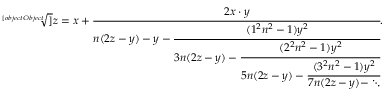
{ \sqrt [ [object Object] ] { z } } = x + { \cfrac { 2 x \cdot y } { n ( 2 z - y ) - y - { \cfrac { ( 1 ^ { 2 } n ^ { 2 } - 1 ) y ^ { 2 } } { 3 n ( 2 z - y ) - { \cfrac { ( 2 ^ { 2 } n ^ { 2 } - 1 ) y ^ { 2 } } { 5 n ( 2 z - y ) - { \cfrac { ( 3 ^ { 2 } n ^ { 2 } - 1 ) y ^ { 2 } } { 7 n ( 2 z - y ) - \ddots } } } } } } } } .